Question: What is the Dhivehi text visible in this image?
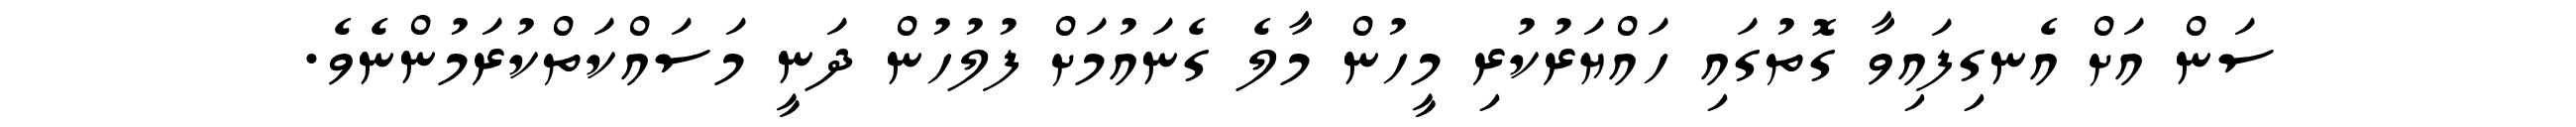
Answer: ސަން އަށް އެނގިފައިވާ ގޮތުގައި ހައްޔަރުކުރި މީހުން މާލެ ގެނައުމަށް ފުލުހުން ދަނީ މަސައްކަތްކުރަމުންނެވެ.